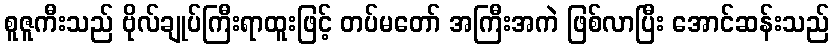
စူဇူကီးသည် ဗိုလ်ချုပ်ကြီးရာထူးဖြင့် တပ်မတော် အကြီးအကဲ ဖြစ်လာပြီး အောင်ဆန်းသည်